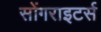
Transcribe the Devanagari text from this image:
सोंगराइटर्स